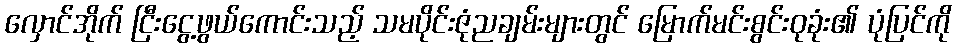
လှောင်အိုက် ငြီးငွေ့ဖွယ်ကောင်းသည့် သမပိုင်းဇုံညချမ်းများတွင် မြောက်မင်းစွင်းဝုခုံး၏ ပုံပြင်ကို